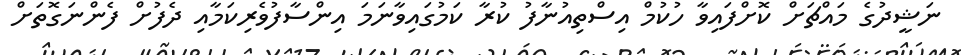
ނަޝީދުގެ މައްޗަށް ކޮށްފައިވާ ހުކުމް އިސްތިއުނާފު ކުރާ ކަމުގައިވާނަމަ އިންސާފުވެރިކަމާއި ދެފުށް ފެންނަގޮތަށް